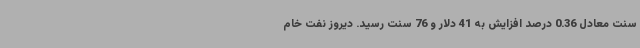
سنت معادل 0.36 درصد افزایش به 41 دلار و 76 سنت رسید. دیروز نفت خام